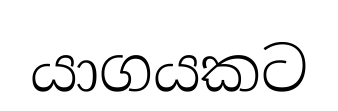
යාගයකට